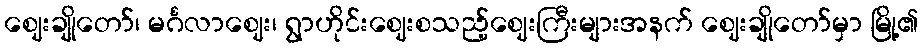
ဈေးချိုတော်၊ မင်္ဂလာဈေး၊ ရွာဟိုင်းဈေးစသည့်ဈေးကြီးများအနက် ဈေးချိုတော်မှာ မြို့၏